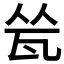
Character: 𬎧